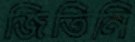
জিতিনি